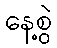
နေ့စွဲ